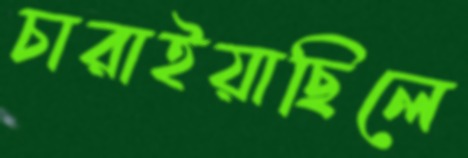
চারাইয়াছিলে